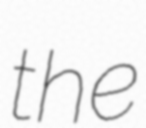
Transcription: the